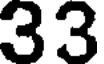
33